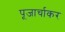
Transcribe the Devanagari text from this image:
पूजार्चाकर